King Institute of Preventive Medicine Micro-Biological Section reports 1909-11
Year: 1909
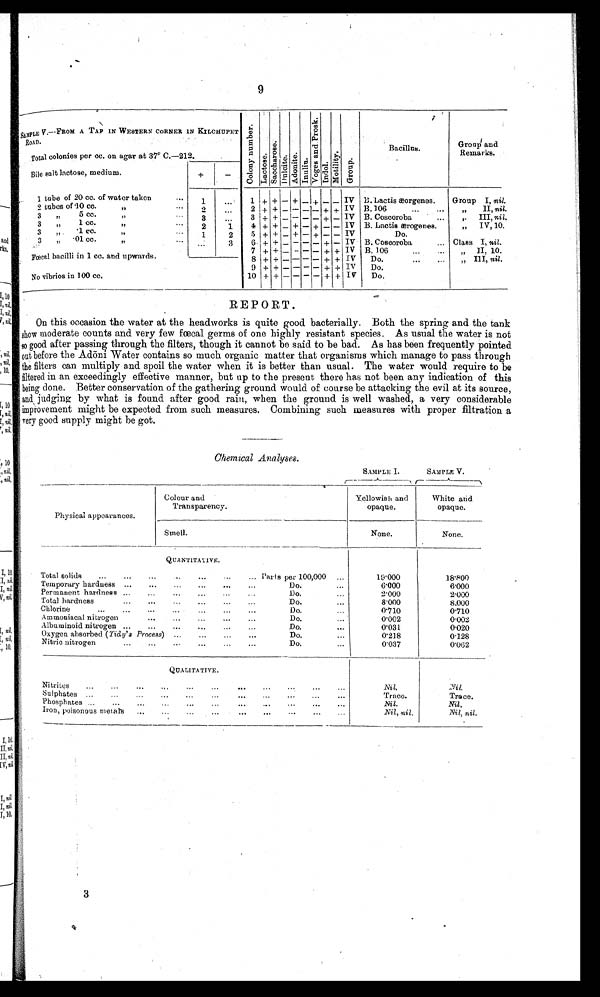
SAMPLE V.—FROM A TAP IN WESTERN CORNER IN KILCHUPET
ROAD.
Total colonies per cc. on agar at 37° C.—212.
C o l o n y n u m b e r .
L a c t o s e .
S a c c h a r o s e .
D u l c i t e .
Adonite. I n u l i n .
V o g e s a n d P r o s k .
Indol.
M o t i l i t y .
Group.
Bacillus.
Group and
Remarks.
Bile salt lactose, medium.
+
-
1 tube of 20 cc. of water taken.
... 1 ... 1 + + - + - + - - IV B. Lactis æorgenes.
Group I, nil.
2 tubes of 40 cc.
,,
... 2 ... 2 + + - - - - + + IV B. 106
...
...
„ II, nil.
3 ,, 5 cc.
,,
... 3 ... 3 + +- - - - + - IV B. Coscoroba
... ,. III, nil.
3 ,, 1 cc.
,,
... 2 1 4 + +- +- +- - IV B. Lactis ærogenes.
„ IV, 10.
3 „ 1 cc.
,,
.... 1
2 5 + + - +- + - - IV
Do.
3 „ .01cc.
,,
... ...
3 6 + + - -- - +- IV B. Coseoroba
Class I, nil.
7 + + -- - - + + IV B. 106
... „ II, 10.
Fœcal bacilli in 1 cc. and upwards. ...
8 + + - - - - + + IV Do.
...
... „ III, nil.
9 + + - - -- + + IV Do.
No vibrios in 100 cc,
...
10 + + - - - - + + IV Do.
REPORT.
On this occasion the water at the headworks is quite good bacterially. Both the spring and the tank
fœcal germs of one highly resistant species. As usual the water is not
good after passing through the filters, though it cannot be said to be bad. As has been frequently pointed
out before the Adōni Water contains so much organic matter that organisms which manage to pass through
the filters can multiply and spoil the water when it is better than usual. The water would require to be
filtered in an exceedingly effective manner, but up to the present there has not been any indication of this
being done. Better conservation of the gathering ground would of course be attacking the evil at its source,
and judging by what is found after good rain, when the ground is well washed, a very considerable
improvement might be expected from such measures. Combining such measures with proper filtration a
very good supply might be got.
Chemical analyses.
SAMPLE I.
SAMPLE V.
Physical appearances.
Colour and
Transparency.
Yellowish and
opaque.
White and
opaque.
Smell.
None.
None.
QUANTITATIVE.
Total solids ...
...
... ... ... ... ...
Parts per 100,000
...
19.000
18.800
Temporary hardness ...
... ... ... ... ...
Do.
...
6.000
6.000
Permanent hardness ...
... ... ... ... ...
Do.
...
2.000
2.000
Total hardness
...
... ... ... ... ...
Do.
...
8.000
8.000
Chlorine
...
... ... ... ... ...
Do.
...
0.710
0.710
Ammoniacal nitrogen
... ... ... ... ...
Do.
...
0.002
0.002
Albuminoid nitrogen ...
... ... ... ... ...
Do.
...
0.031
0.020
Oxygen absorbed ( Tidy's Process) ...
...
...
...
Do.
...
0.218
0.128
Nitric nitrogen
...
...
...
...
...
...
Do.
...
0.037
0.062
QUALITATIVE.
Nitrites ...
...
... ... ... ... ... ... ... ... ...
Nil.
Nil.
Sulphates ...
...
... ... ... ... ... ... ... ... ...
Trace. Trace.
Trace.
Phosphates ...
...
... ... ... ... ... ... ... ... ...
Nil.
Nil.
Iron, poisonous metals
... ... ... ... ... ... ... ... ...
Nil, nil.
Nil, nil.